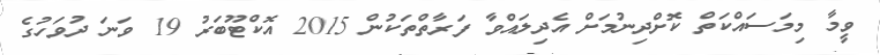
ވީމާ މިމަސައްކަތް ކޮށްދިނުމަށް އެދިލައްވާ ފަރާތްތަކުން 2015 އޮކްޓޫބަރު 19 ވަނަ ދުވަހުގެ